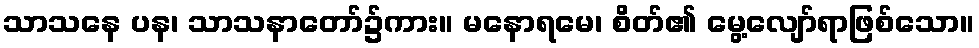
သာသနေ ပန၊ သာသနာတော်၌ကား။ မနောရမေ၊ စိတ်၏ မွေ့လျော်ရာဖြစ်သော။